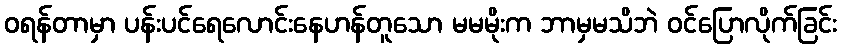
ဝရန်တာမှာ ပန်းပင်ရေလောင်းနေဟန်တူသော မမမိုးက ဘာမှမသိဘဲ ဝင်ပြောလိုက်ခြင်း